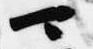
可